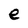
Character: e